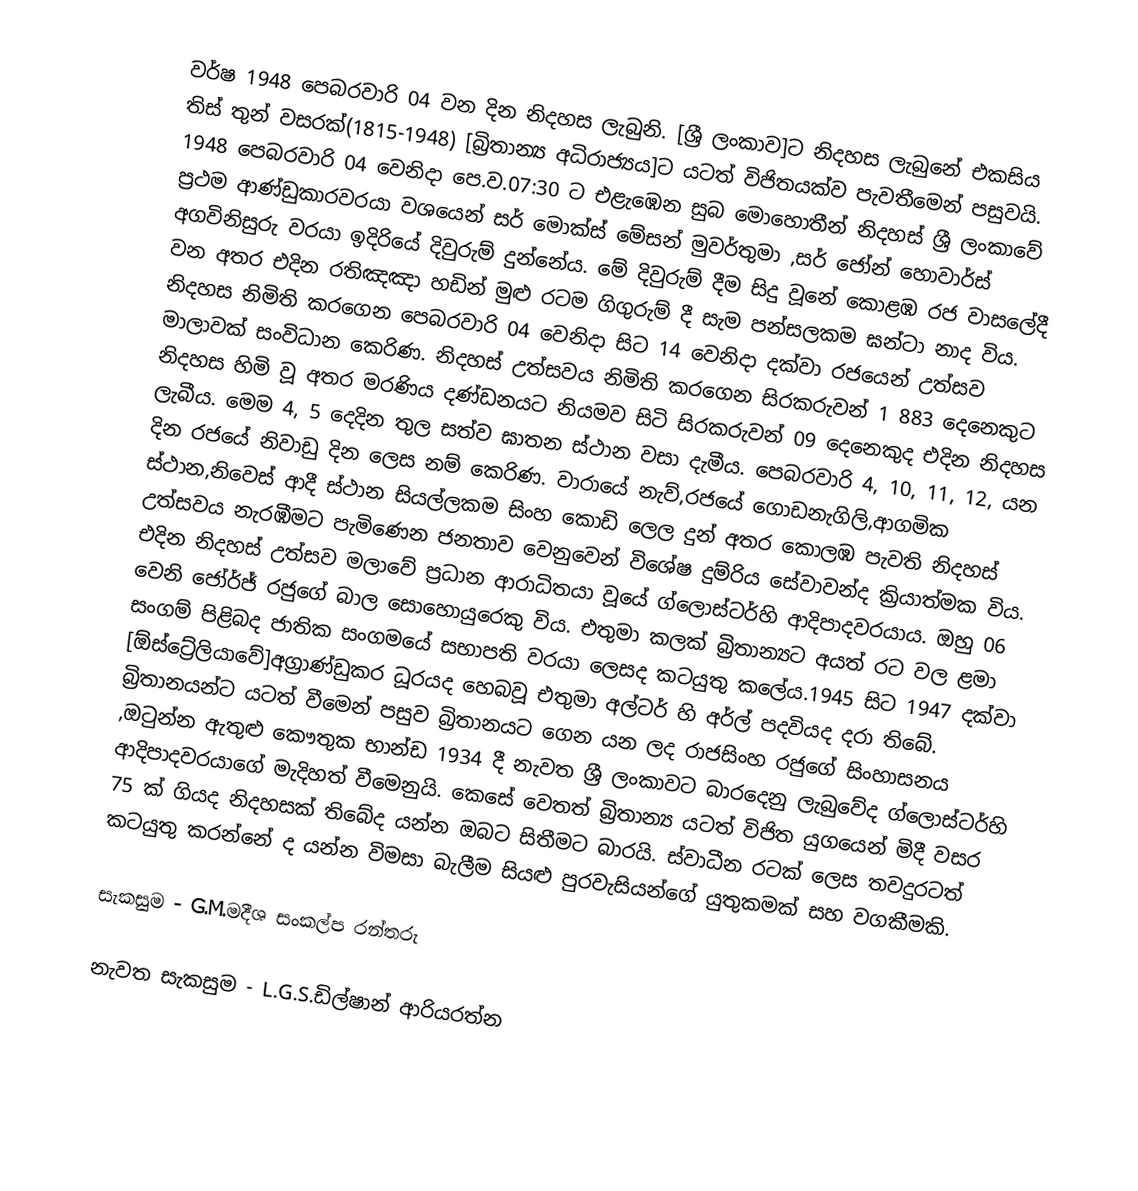
වර්ෂ 1948 පෙබරවාරි 04 වන දින නිදහස ලැබුනි. [ශ්‍රී ලංකාව]ට නිදහස ලැබුනේ එකසිය තිස් තුන් වසරක්(1815-1948) [බ්‍රිතාන්‍ය අධිරාජ්‍යය]ට යටත් විජිතයක්ව පැවතීමෙන් පසුවයි. 1948 පෙබරවාරි 04 වෙනිදා පෙ.ව.07:30 ට එළැඹෙන සුබ මොහොතීන් නිදහස් ශ්‍රී ලංකාවේ ප්‍රථම ආණ්ඩුකාරවරයා වශයෙන් සර් මොක්ස්‌ මේසන් මුවර්තුමා ,සර් ජෝන් හොවාර්ස් අගවිනිසුරු වරයා ඉදිරියේ දිවුරුම් දුන්නේය. මේ දිවුරුම් දීම සිදු වූනේ කොළඹ රජ වාසලේදී වන අතර එදින රතිඤඤා හඩින් මුළු රටම ගිගුරුම් දී සැම පන්සලකම ඝන්ටා නාද විය. නිදහස නිමිති කරගෙන පෙබරවාරි 04 වෙනිදා සිට 14 වෙනිදා දක්වා රජයෙන් උත්සව මාලාවක් සංවිධාන කෙරිණ. නිදහස් උත්සවය නිමිති කරගෙන සිරකරුවන් 1 883 දෙනෙකුට නිදහස හිමි වූ අතර මරණිය දණ්ඩනයට නියමව සිටි සිරකරුවන් 09 දෙනෙකුද එදින නිදහස ලැබීය. මෙම 4, 5 දෙදින තුල සත්ව ඝාතන ස්ථාන වසා දැමීය. පෙබරවාරි 4, 10, 11, 12, යන දින රජයේ නිවාඩු දින ලෙස නම් කෙරිණ. වාරායේ නැව්,රජයේ ගොඩනැගිලි,ආගමික ස්ථාන,නිවෙස් ආදී ස්ථාන සියල්ලකම සිංහ කොඩි ලෙල දුන් අතර කොලඹ පැවති නිදහස් උත්සවය නැරඹීමට පැමිණෙන ජනතාව වෙනුවෙන් විශේෂ දුම්රිය සේවාවන්ද ක්‍රියාත්මක විය. එදින නිදහස් උත්සව මලාවේ ප්‍රධාන ආරාධිතයා වූයේ ග්ලොස්ටර්හි ආදිපාදවරයාය. ඔහු 06 වෙනි ජෝර්ජ් රජුගේ බාල සොහොයුරෙකු විය. එතුමා කලක් බ්‍රිතාන්‍යට අයත් රට වල ළමා සංගම් පිළිබද ජාතික සංගමයේ සභාපති වරයා ලෙසද කටයුතු කලේය.1945 සිට 1947 දක්වා [ඕස්ට්‍රේලියාවේ]අග්‍රාණ්ඩුකර ධූරයද හෙබවූ එතුමා අල්ටර් හි අර්ල් පදවියද දරා තිබේ. බ්‍රිතානයන්ට යටත් වීමෙන් පසුව බ්‍රිතානයට ගෙන යන ලද රාජසිංහ රජුගේ සිංහාසනය ,ඔටුන්න ඇතුළු කෞතුක භාන්ඩ 1934 දී නැවත ශ්‍රී ලංකාවට බාරදෙනු ලැබුවේද ග්ලොස්ටර්හි ආදිපාදවරයාගේ මැදිහත් වීමෙනුයි. කෙසේ වෙතත් බ්‍රිතාන්‍ය යටත් විජිත යුගයෙන් මිදී වසර 75 ක් ගියද නිදහසක් තිබේද යන්න ඔබට සිතීමට බාරයි. ස්වාධීන රටක් ලෙස තවදුරටත් කටයුතු කරන්නේ ද යන්න විමසා බැලීම සියළු පුරවැසියන්ගේ යුතුකමක් සහ වගකීමකි.

සැකසුම - G.M.මදීශ සංකල්ප රන්තරු

නැවත සැකසුම - L.G.S.ඩිල්ෂාන් ආරියරත්න